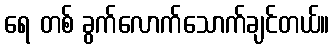
ရေ တစ် ခွက်လောက်သောက်ချင်တယ်။